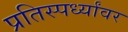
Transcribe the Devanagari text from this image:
प्रतिस्पर्ध्यांवर